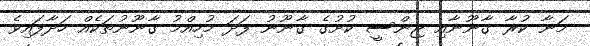
މަނާ ކުރާ ގާނޫނާއި ޖިންސީ ކުށުގެ ގާނޫނު ފަދަ މުހިއްމު ގާނޫނުތަކެއް ހަދާފައިވެ